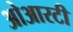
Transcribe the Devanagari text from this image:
ओआरटी